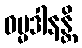
ဓမ္မဒါနန္တိ